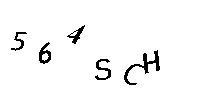
564SCH